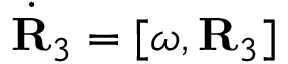
\dot { \bf R } _ { 3 } = [ { \boldsymbol \omega } , { \bf R } _ { 3 } ]